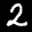
Label: 2